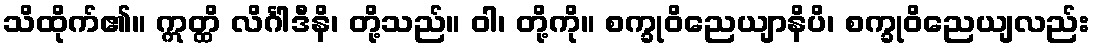
သိထိုက်၏။ ဣတ္ထိ လိင်္ဂါဒီနိ၊ တို့သည်။ ဝါ၊ တို့ကို။ စက္ခုဝိညေယျာနိပိ၊ စက္ခုဝိညေယျလည်း